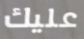
عليك